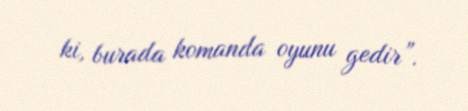
ki, burada komanda oyunu gedir”.